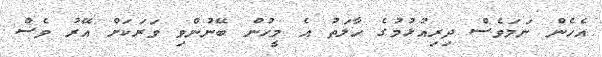
އެހެން ނަމަވެސް ދިރިއުޅުމުގެ ހާލަތު އެ މީހުން ބޭނުންވި ވަރަކަށް އޭރު ވެސް